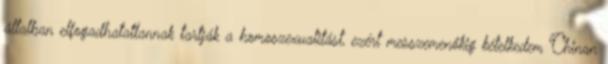
általban elfogadhatatlannak tartják a homoszexualitást, ezért messzemenőkig kételkedem Chinan